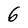
Character: 6